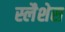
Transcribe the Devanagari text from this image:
स्लैशेस